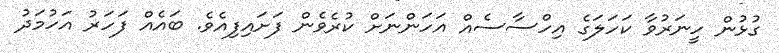
ގުޅުން ހީނަރުވާ ކަހަލަގެ އިހްސާސެއް އަހަންނަށް ކުރެވެން ފަށައިފިއެވެ. ބައެއް ފަހަރު އަހުމަދު